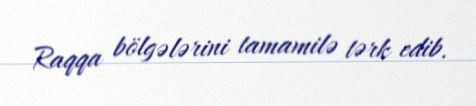
Raqqa bölgələrini tamamilə tərk edib.